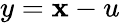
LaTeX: y=\mathbf{x}-u